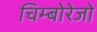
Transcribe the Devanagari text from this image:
चिम्बोरेजो